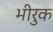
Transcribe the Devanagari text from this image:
भीरुक